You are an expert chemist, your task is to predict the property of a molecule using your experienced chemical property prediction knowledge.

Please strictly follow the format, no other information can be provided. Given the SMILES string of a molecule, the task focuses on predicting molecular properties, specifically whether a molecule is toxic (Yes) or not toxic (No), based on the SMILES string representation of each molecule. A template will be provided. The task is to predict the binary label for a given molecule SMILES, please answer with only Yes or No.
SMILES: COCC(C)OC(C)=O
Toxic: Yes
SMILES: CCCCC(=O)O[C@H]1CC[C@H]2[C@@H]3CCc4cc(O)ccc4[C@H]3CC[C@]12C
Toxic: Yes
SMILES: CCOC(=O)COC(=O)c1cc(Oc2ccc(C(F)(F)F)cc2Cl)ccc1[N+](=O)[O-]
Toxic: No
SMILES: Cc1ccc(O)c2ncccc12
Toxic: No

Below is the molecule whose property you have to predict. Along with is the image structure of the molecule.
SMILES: CNCCCN1c2ccccc2CCc2ccccc21
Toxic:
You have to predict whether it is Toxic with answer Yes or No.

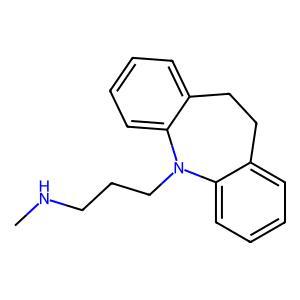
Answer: No